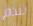
تندم